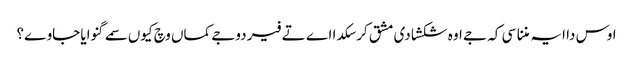
اوس دا ایہ مننا سی کہ جے اوہ شکشا دی مشق کر سکدا اے تے فیر دوجے کماں وچ کیوں سمے گنوایا جاوے؟